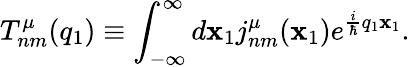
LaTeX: T_{nm}^{\mu}(q_{1})\equiv\int_{-\infty}^{\infty}d\mathbf{x}_{1}j_{nm}^{\mu}(\mathbf{x}_{1})e^{\frac{{i}}{{\hbar}}q_{1}\mathbf{x}_{1}}.